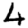
Digit: 4